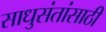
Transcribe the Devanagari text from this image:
साधुसंतांसाठी